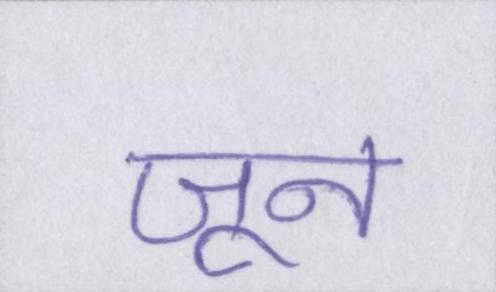
जून